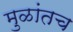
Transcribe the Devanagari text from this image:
मुळांतच